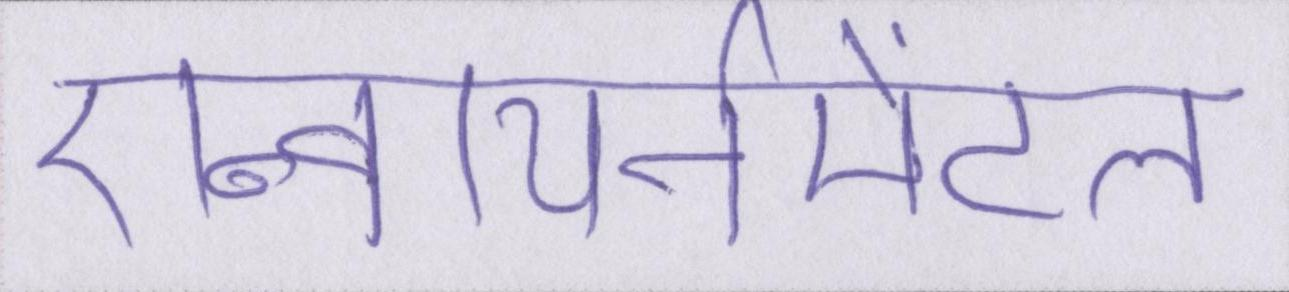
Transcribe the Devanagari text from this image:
एन्वायर्नमेंटल